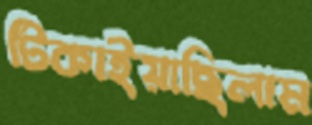
টিকাইয়াছিলাম